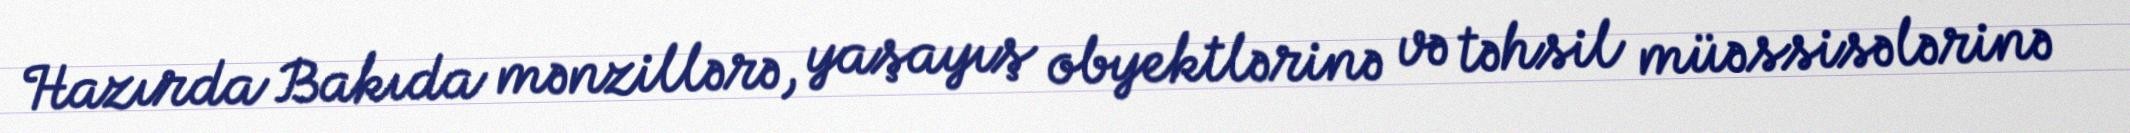
Hazırda Bakıda mənzillərə, yaşayış obyektlərinə və təhsil müəssisələrinə